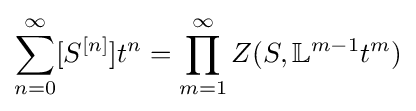
\sum _{n=0}^{\infty }[S^{[n]}]t^{n}=\prod _{m=1}^{\infty }Z(S,{\mathbb {L} }^{m-1}t^{m})